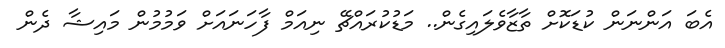
އެބަ އަންނަން ކުޑަކޮށް ތާޒާވެލައިގެން.. މަޑުކުރައްޗޭ ނިއަމް ފާހަނައަށް ވަމުމުން މައިޝާ ދެން